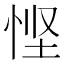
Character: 悭